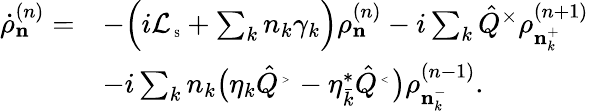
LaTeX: \begin{array}{rl}{\dot{\rho}_{\mathbf n}^{(n)}=}&{-\Big(i{\cal L}_{\mathrm{\tiny~S}}+\sum_{k}n_{k}\gamma_{k}\Big)\rho_{\mathbf n}^{(n)}-i\sum_{k}\hat{Q}^{\times}\rho_{{\mathbf n}_{k}^{+}}^{(n+1)}}\\ &{-i\sum_{k}n_{k}\big(\eta_{k}\hat{Q}^{\mathrm{\tiny~>~}}-\eta_{\bar{k}}^{\ast}\hat{Q}^{\mathrm{\tiny~<~}}\big)\rho_{{\mathbf n}_{k}^{-}}^{(n-1)}.}\end{array}